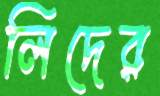
লিদের